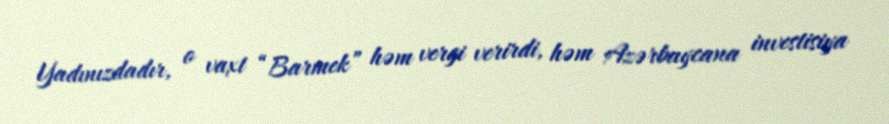
Yadınızdadır, o vaxt “Barmek” həm vergi verirdi, həm Azərbaycana investisiya